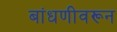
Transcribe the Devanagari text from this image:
बांधणीवरून